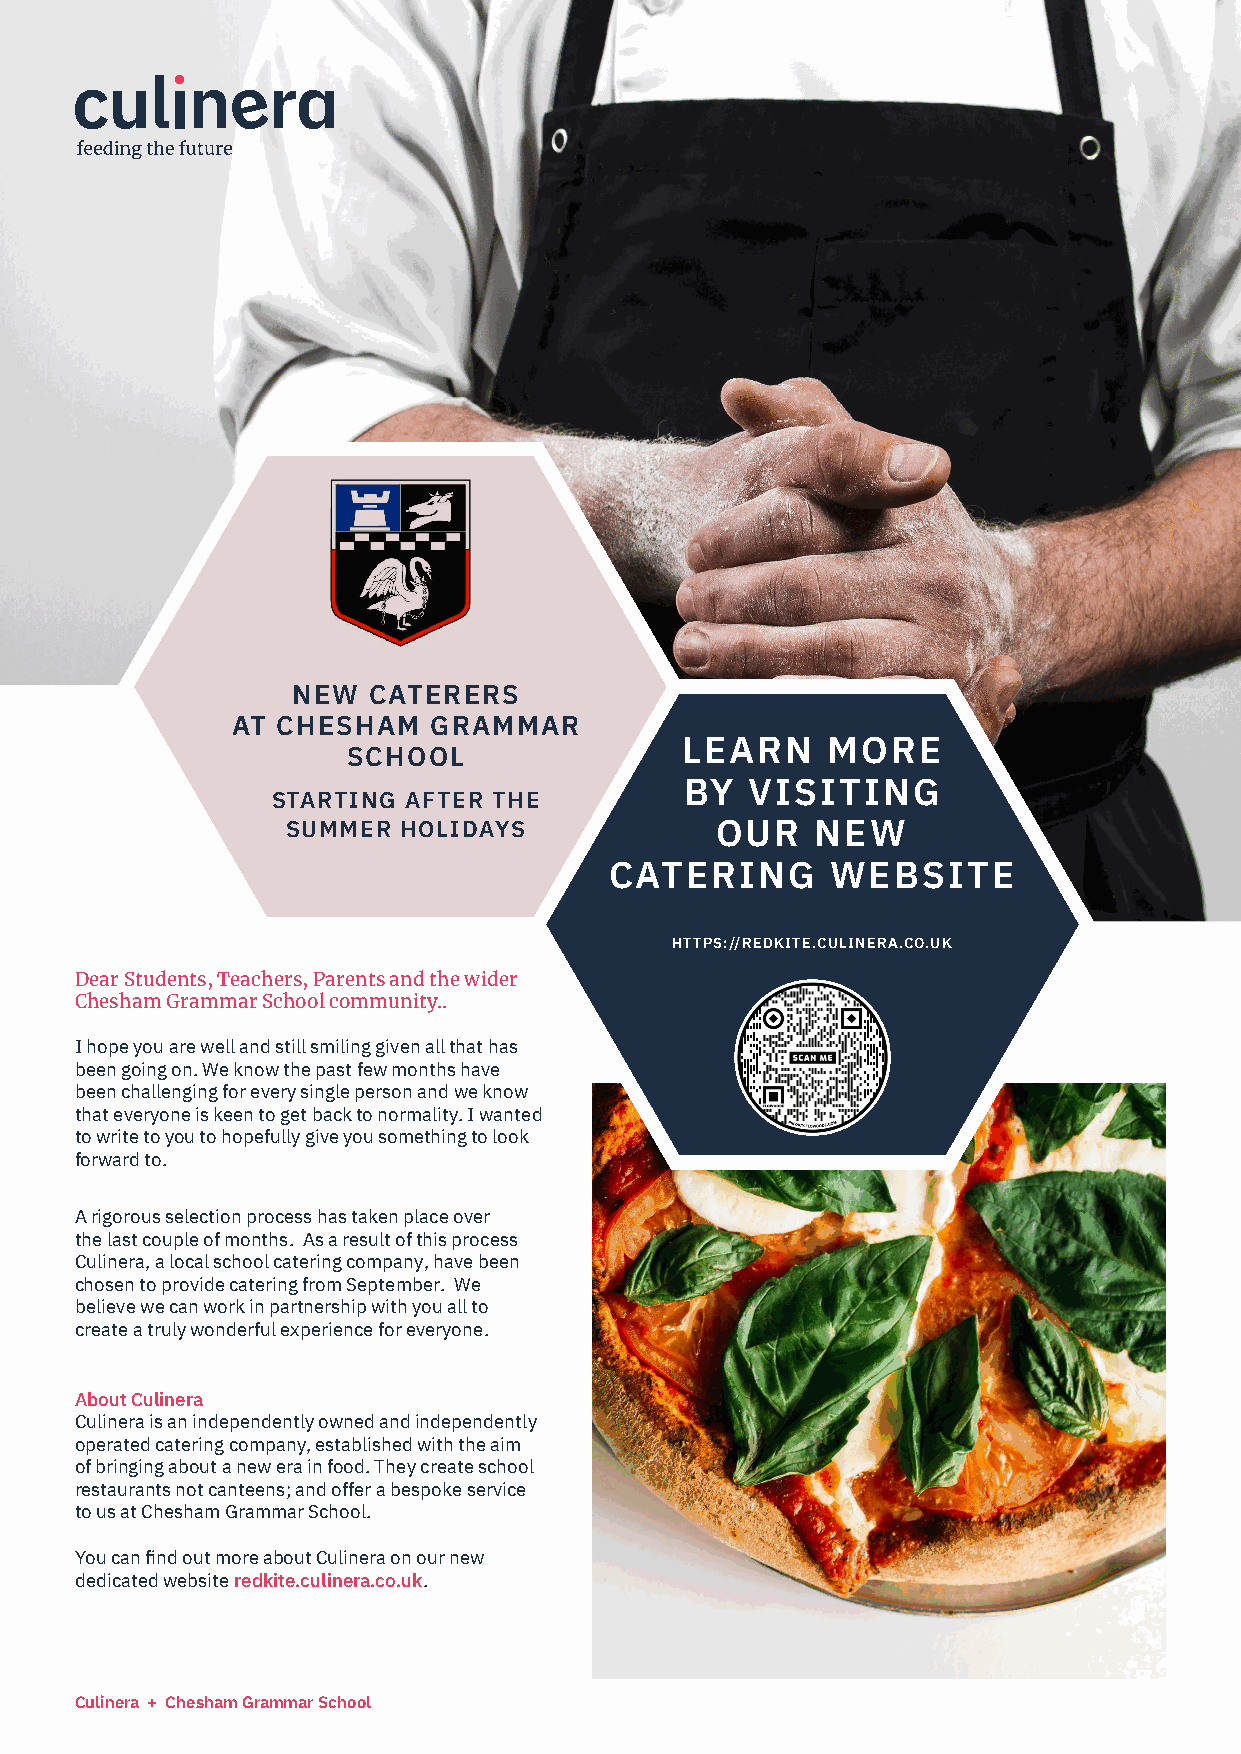
NEW  CATERERS
 AT CHESHAM   GRAMMAR
 LEARN     MORE
 SCHOOL
 BY   VISITING
 STARTING AFTER THE
 SUMMER  HOLIDAYS            OUR    NEW
 CATERING       WEBSITE
 HTTPS://REDKITE.CULINERA.CO.UK
 Dear Students, Teachers, Parents and the wider
 Chesham Grammar School community..
 I hope you are well and still smiling given all that has
 been going on. We know the past few months have
 been challenging for every single person and we know
 that everyone is keen to get back to normality. I wanted
 to write to you to hopefully give you something to look
 forward to.
 A rigorous selection process has taken place over
 the last couple of months. As a result of this process
 Culinera, a local school catering company, have been
 chosen to provide catering from September. We
 believe we can work in partnership with you all to
 create a truly wonderful experience for everyone.
 About Culinera
 Culinera is an independently owned and independently
 operated catering company, established with the aim
 of bringing about a new era in food. They create school
 restaurants not canteens; and offer a bespoke service
 to us at Chesham Grammar School.
 You can find out more about Culinera on our new
 dedicated website redkite.culinera.co.uk.
 Culinera + Chesham Grammar School